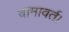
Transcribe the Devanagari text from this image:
वामावर्त।